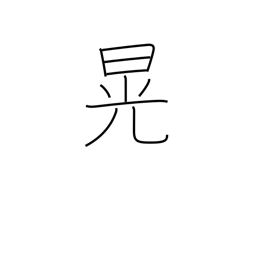
Meaning: clear